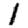
Digit: 1